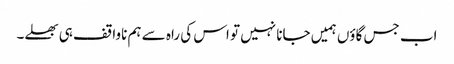
اب جس گاؤں ہمیں جانا نہیں تو اس کی راہ سے ہم ناواقف ہی بھلے۔